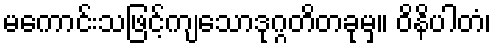
မကောင်းသဖြင့်ကျသောဒုဂ္ဂတိတခုမှ။ ဝိနိပါတံ၊